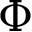
\Phi